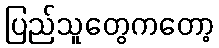
ပြည်သူတွေကတော့